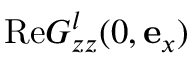
\mathrm { R e } G _ { z z } ^ { l } ( 0 , { \bf e } _ { x } )